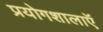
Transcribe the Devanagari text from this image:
प्रयोगशालाऍं